Kaarli_hariduselts_Sade, lk 11
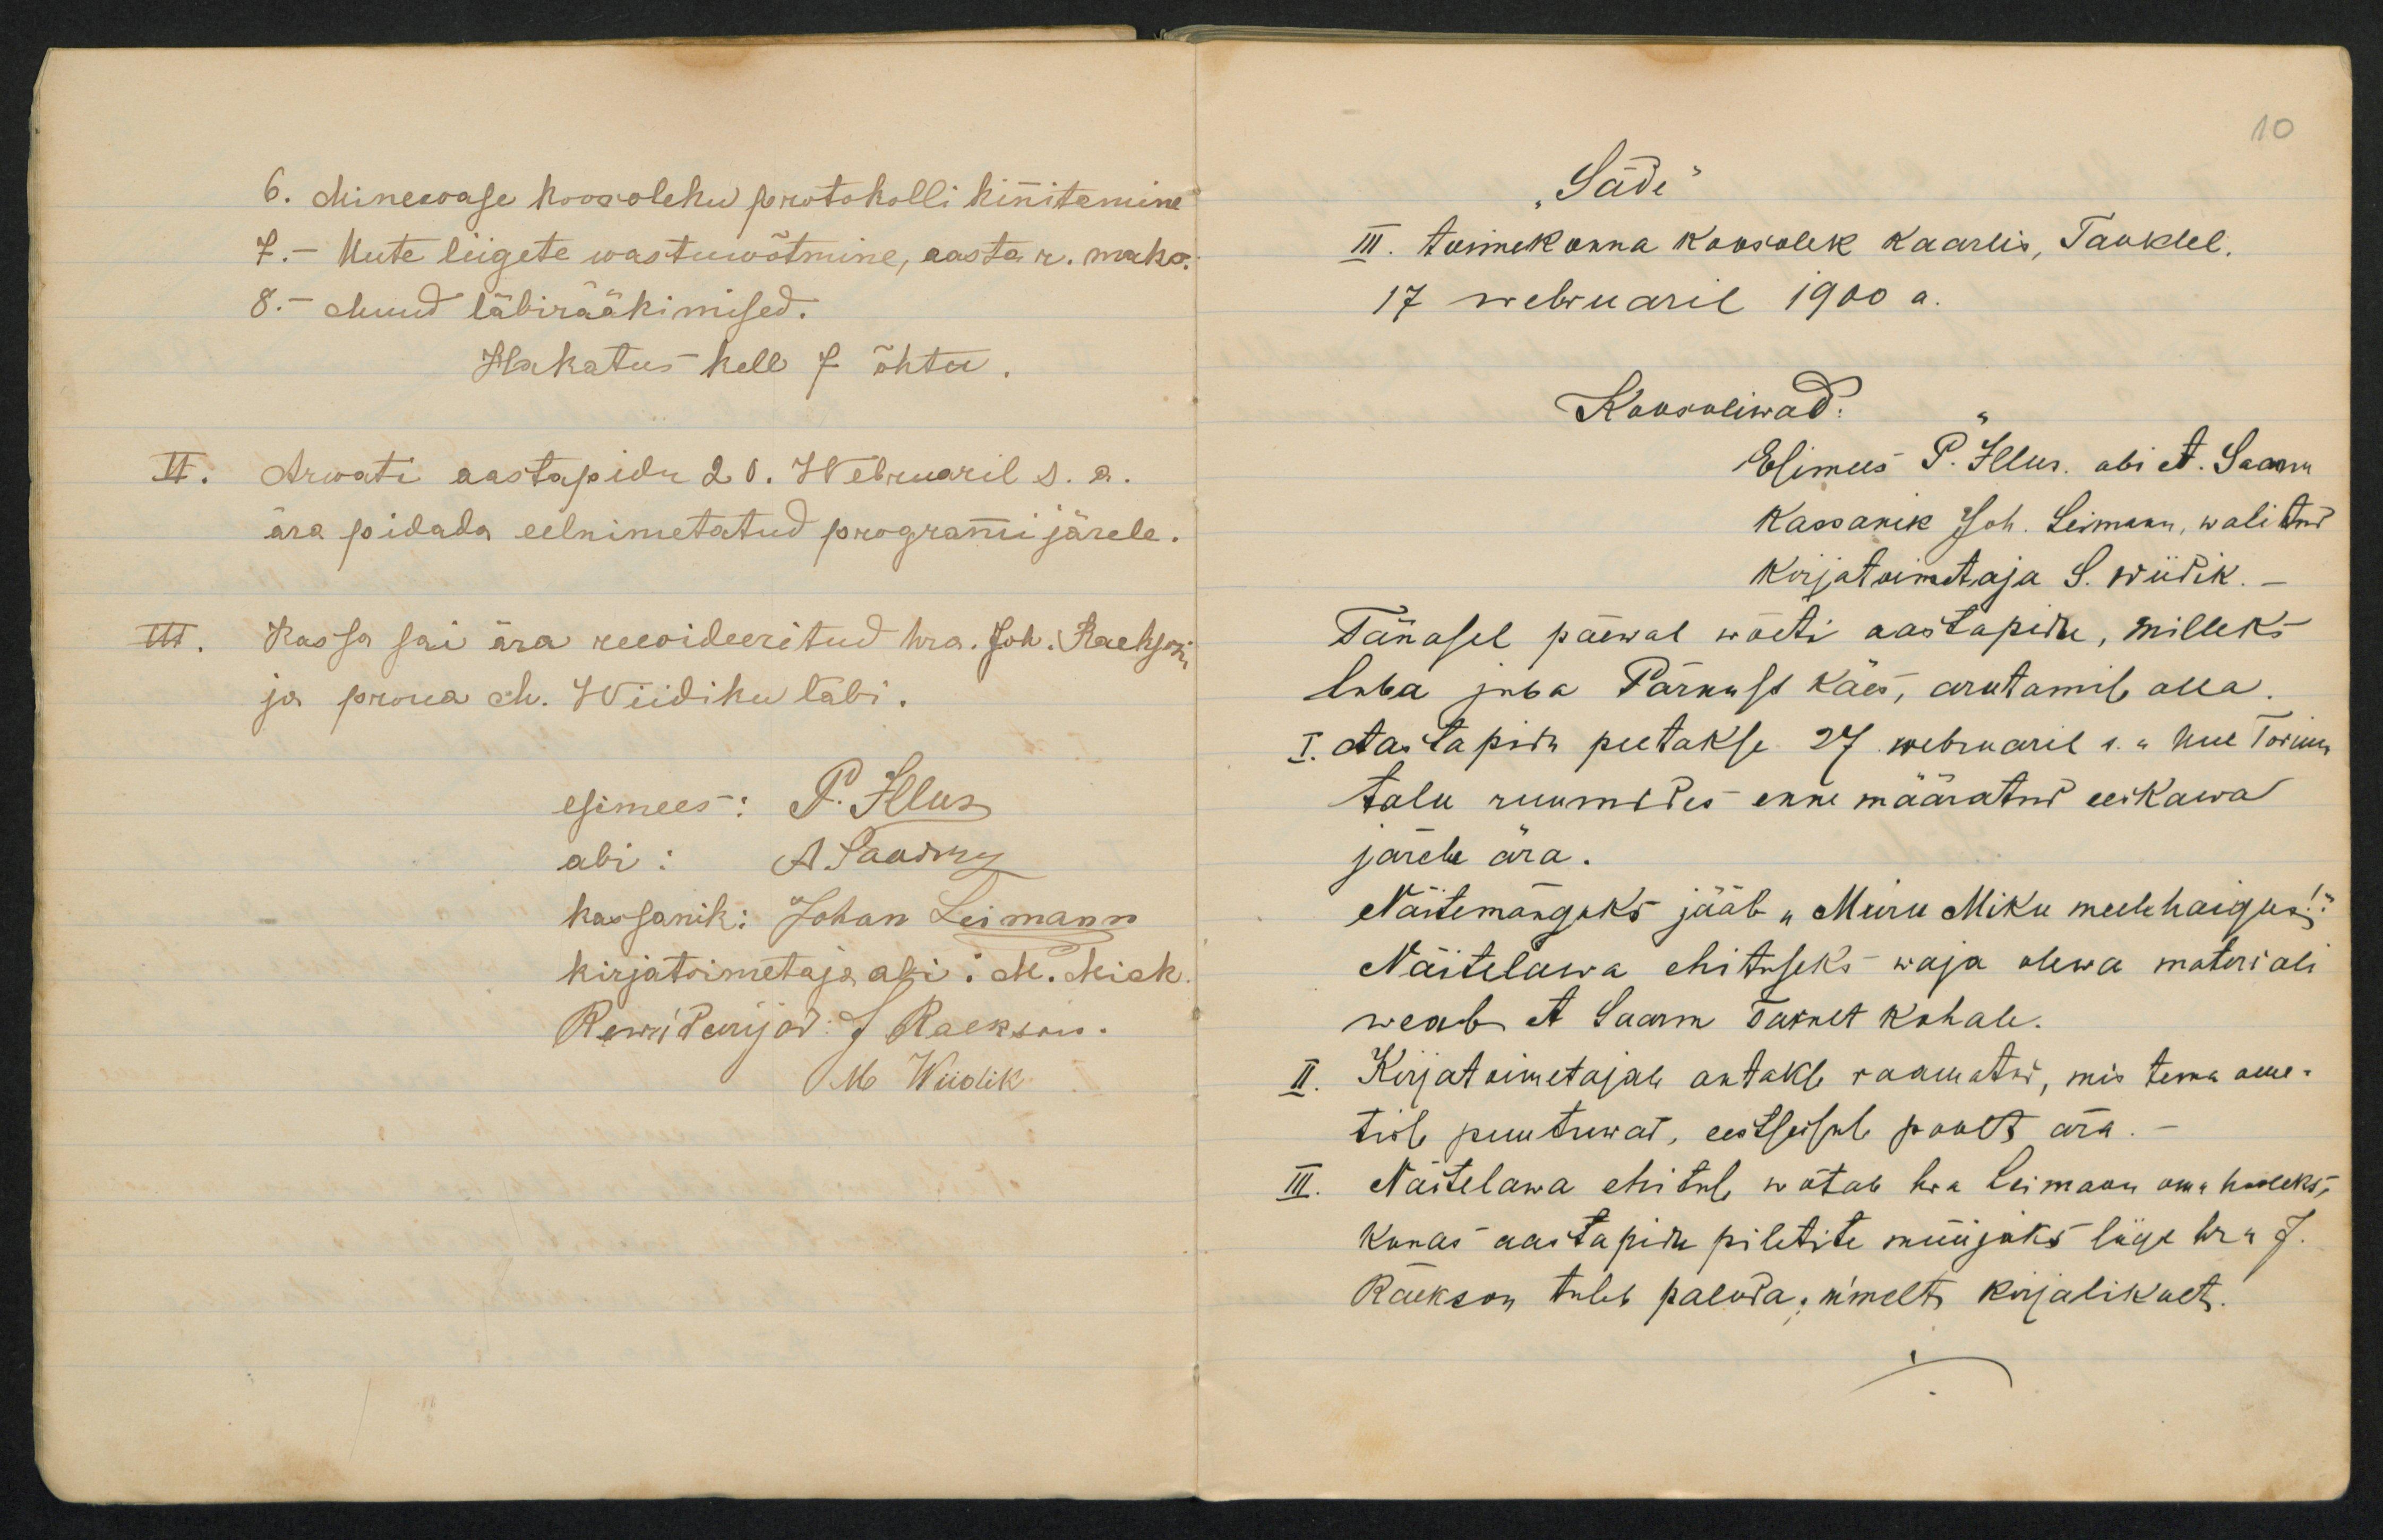
6. Minewase hoosolehu perotoholli kinitaminet.- Uute lugete wastuwõtmine, aastar. maks.8.- Muud läbirääkimised.Hakatus hell 7 õhtu.Arwati aastapidu d0. Webruaril s. a.ära pidada eelnimetatud programijärele.Rassa sai ära reeoideeritud hra. Joh. Raehsoja proua ch. Wiidiku läbi.

10SSädiIII. tunmekonna koosolek kaarlis, Tanklel.17 webruaril 1900 a.Raksoliwad:Tänasel paewal wõeti aastapidu, millekslaba juba Pärnust kaes, arutamib alla.I. otasrapidu peetakse 27 webruaril 1." Uue 1ormmtalu ruumtles enne maaratud eeskawajärele ära.Näitemangiks jääb "Muru Miku meelehaigusNäitelawa ehituseks waja olewa materialiweab et Saarm surnet kahale.Kirjataimetajab antakb raamatar, mis tema ame-trol puutuwat, eestseisab poolt ära.Naitelawa ehitul natab hoa Leimaan oma hooleks,Kunas aaitapidu piletite muujaks lige bra 7.Raekson tuleb paloda, nimelt kirjalikult.